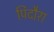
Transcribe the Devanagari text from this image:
पिदौरा